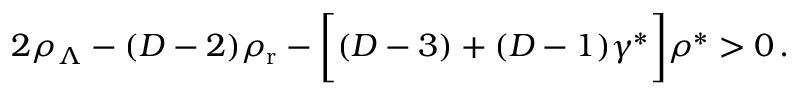
2 \rho _ { \Lambda } - ( D - 2 ) \rho _ { \mathrm { r } } - \biggl [ ( D - 3 ) + ( D - 1 ) \gamma ^ { * } \biggr ] \rho ^ { * } > 0 \, .